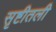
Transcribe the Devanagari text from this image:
सृष्टीतली